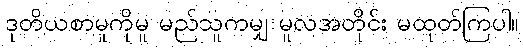
ဒုတိယစာမူကိုမူ မည်သူကမျှ မူလအတိုင်း မထုတ်ကြပါ။